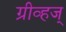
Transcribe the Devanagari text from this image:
ग्रीव्हज्